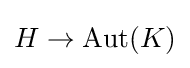
H\to \operatorname {Aut} (K)